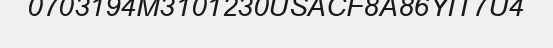
0703194M3101230USACF8A86YIT7U4